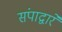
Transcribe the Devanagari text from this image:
संपाद्वारे